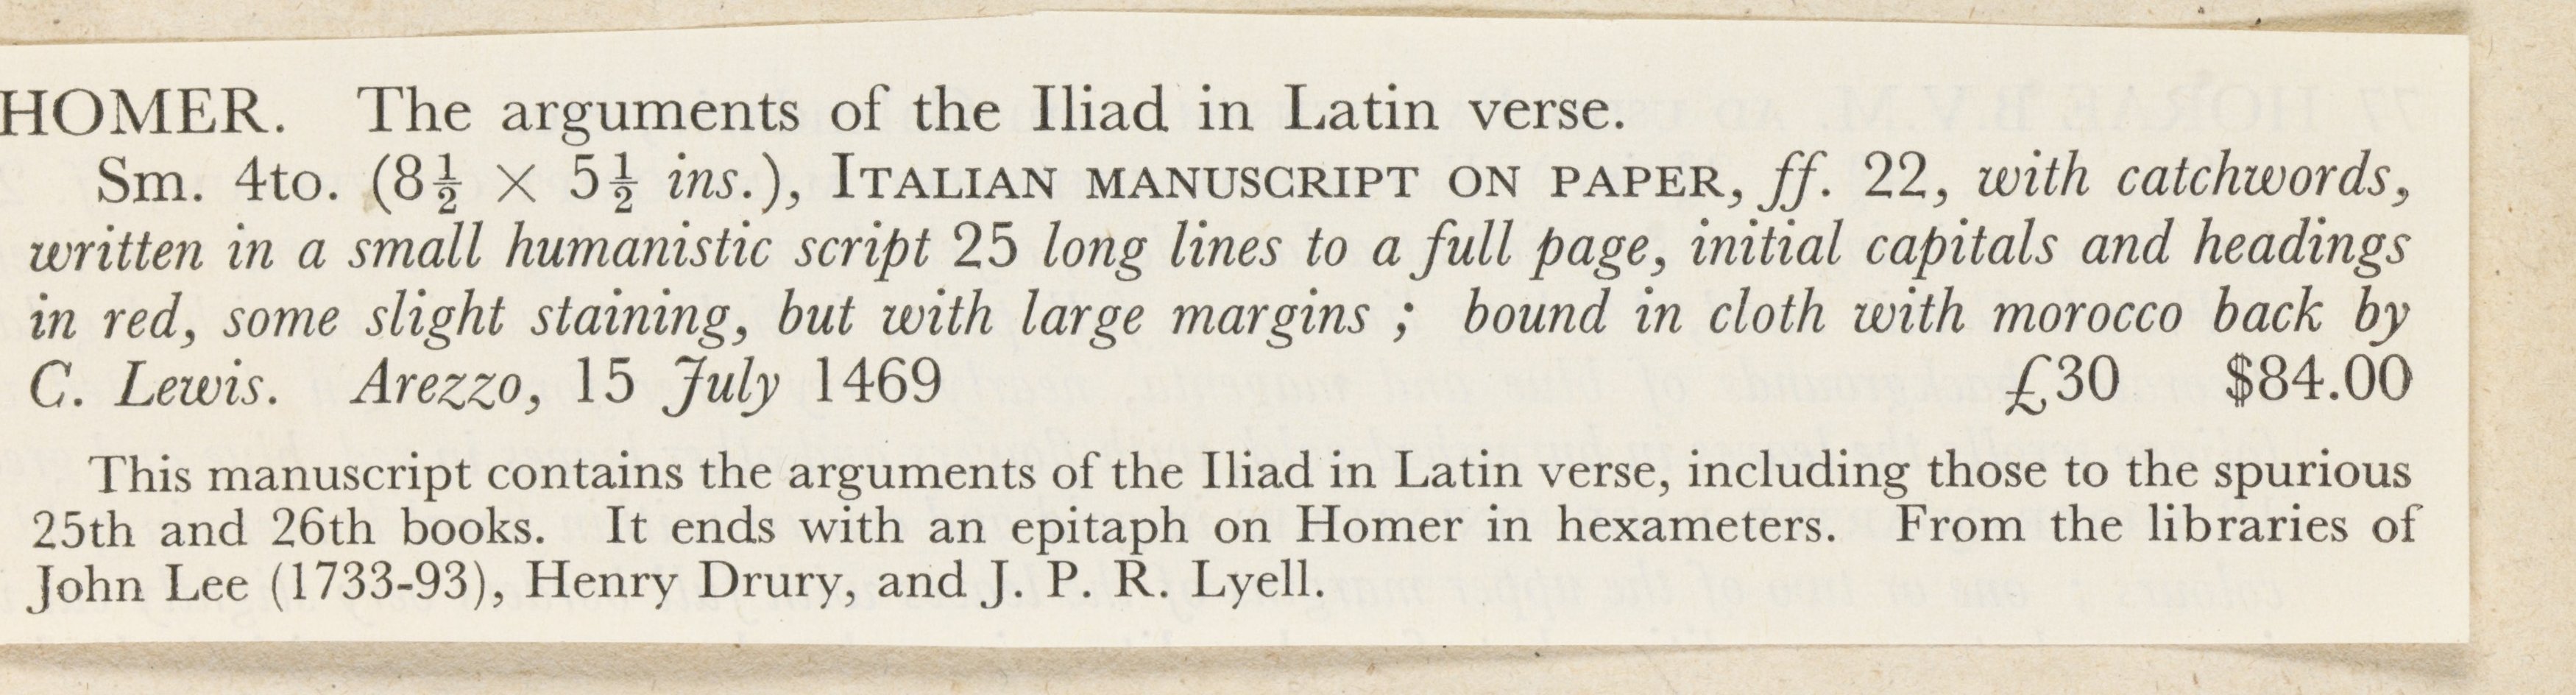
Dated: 1469–1469